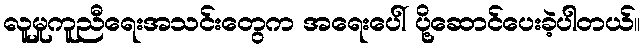
လူမှုကူညီရေးအသင်းတွေက အရေးပေါ် ပို့ဆောင်ပေးခဲ့ပါတယ်။